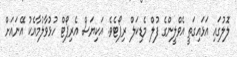
ލޮލުގައި އަޅައިގަތީ އެވްލީންގެ ފުލް މެޑިކަލް ރިޕޯޓެވެ. އަކިޔަސް އެރިޕޯޓް ހުޅުވާލުމާއެކު އޭނައަށް